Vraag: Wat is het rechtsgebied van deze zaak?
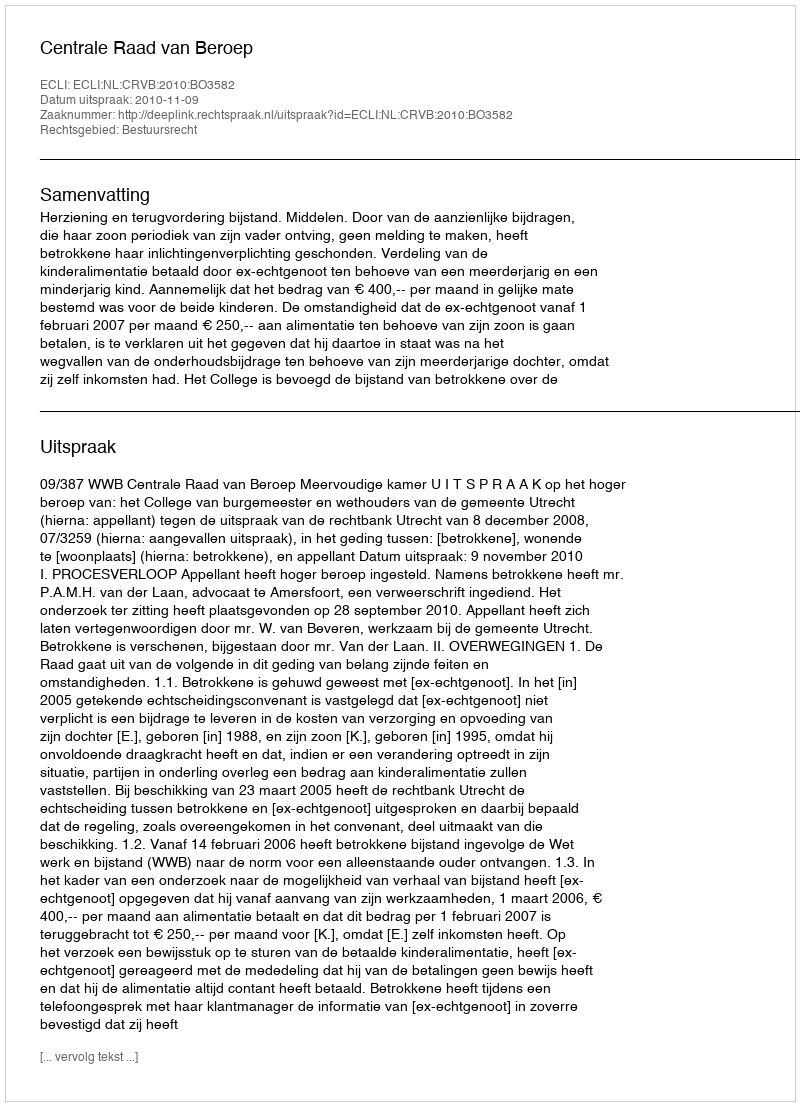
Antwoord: Bestuursrecht